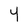
Character: 4